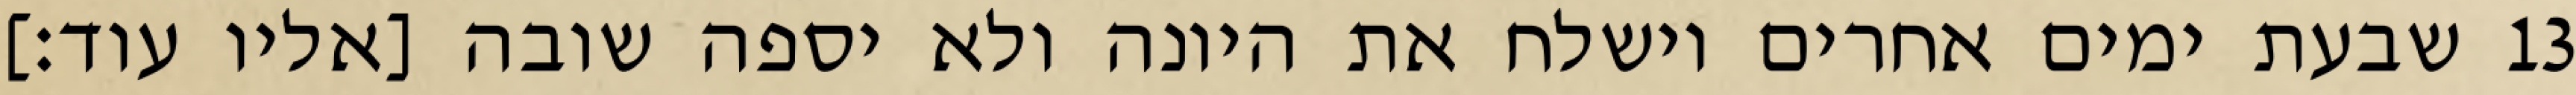
שבעת ימים אחרים וישלח את היונה ולא יספה שובה [אליו עוד׃] ‎13‏